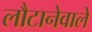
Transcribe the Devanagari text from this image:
लौटानेवाले